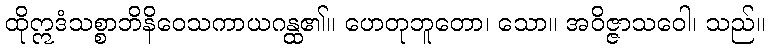
ထိုဣဒံသစ္စာဘိနိဝေသကာယဂန္ထ၏။ ဟေတုဘူတော၊ သော။ အဝိဇ္ဇာသဝေါ၊ သည်။